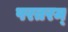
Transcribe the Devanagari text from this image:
परतरम्